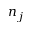
n _ { j }